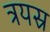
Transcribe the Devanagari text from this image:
त्रयस्र